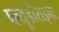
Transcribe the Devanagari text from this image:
प्ल्यूडोंराइना